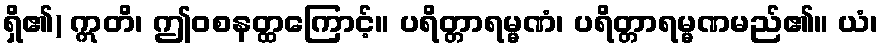
ရှိ၏) ဣတိ၊ ဤဝစနတ္ထကြောင့်။ ပရိတ္တာရမ္မဏံ၊ ပရိတ္တာရမ္မဏမည်၏။ ယံ၊